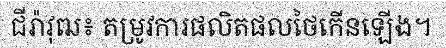
ជីរ៉ាវុឍ៖ តម្រូវការផលិតផលថៃកើនឡើង។